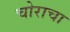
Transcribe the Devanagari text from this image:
चोराचा